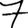
Digit: 7